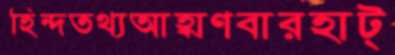
হিন্দতথ্যআহ্বাণবারহাট্